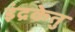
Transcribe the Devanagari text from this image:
इंद्रकेतु